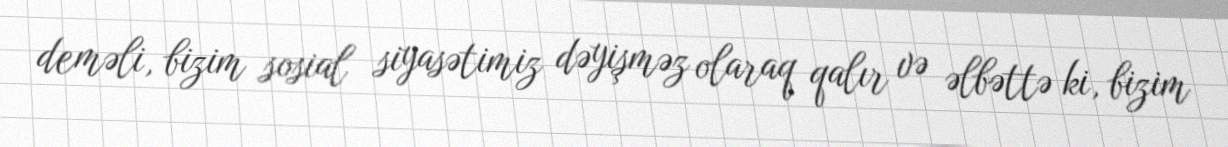
deməli, bizim sosial siyasətimiz dəyişməz olaraq qalır və əlbəttə ki, bizim